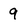
Character: 9